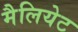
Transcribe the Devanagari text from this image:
मैलियेट